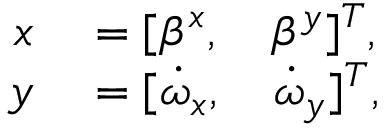
\begin{array} { r l } { x } & { { } = [ \beta ^ { x } , \quad \beta ^ { y } ] ^ { T } , } \\ { y } & { { } = [ \dot { \omega } _ { x } , \quad \dot { \omega } _ { y } ] ^ { T } , } \end{array}